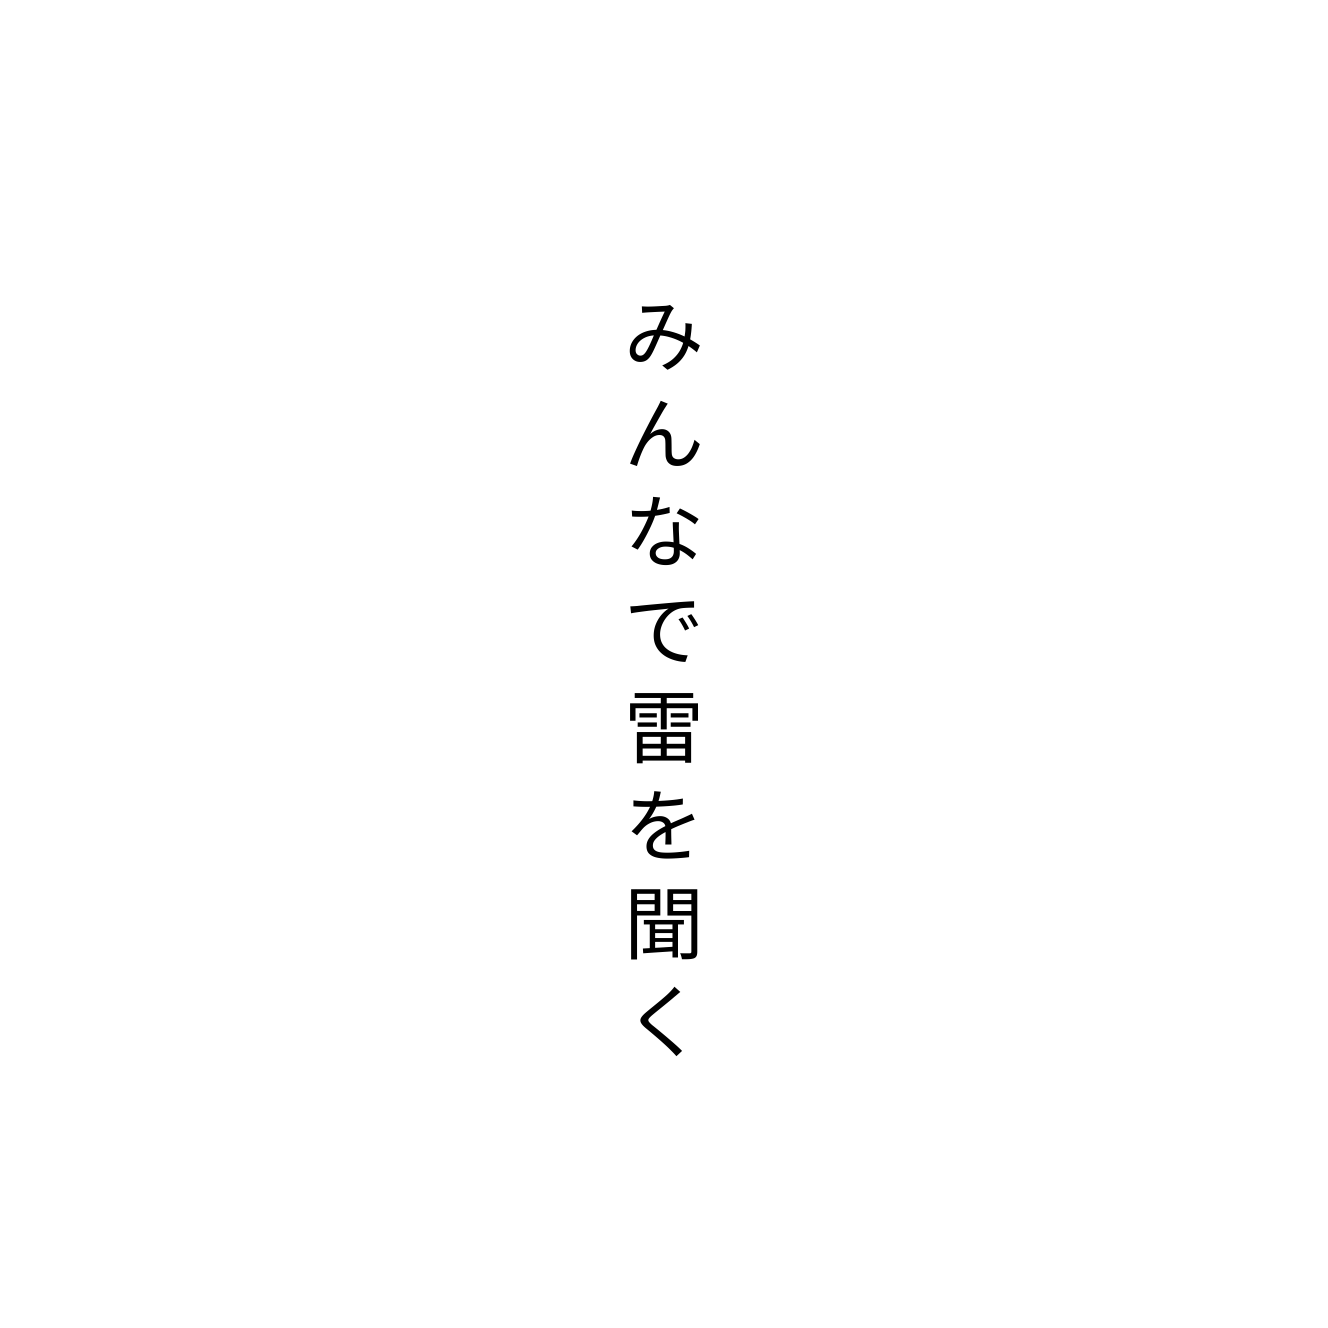
みんなで雷を聞く